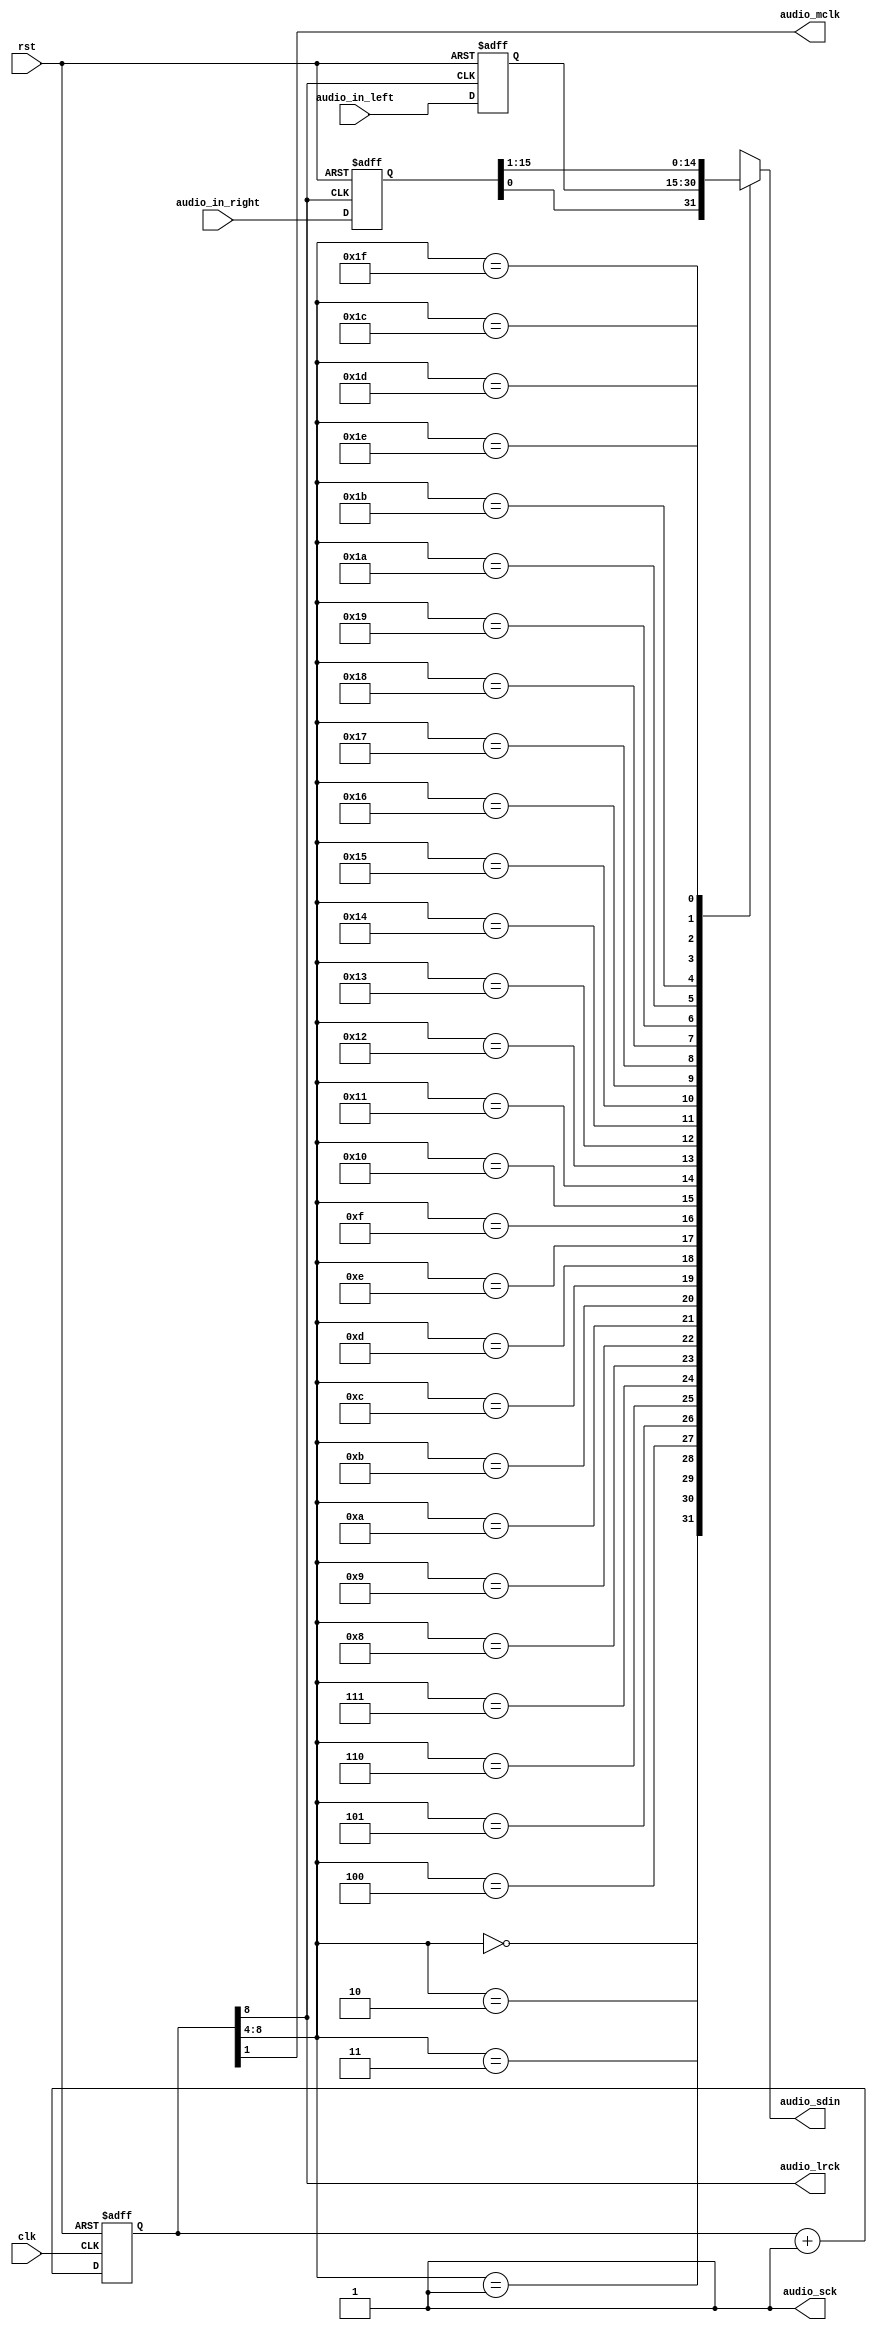
module speaker_control(
    input clk,  // clock from the crystal
    input rst,  // active high reset
    input [15:0] audio_in_left, // left channel audio data input
    input [15:0] audio_in_right, // right channel audio data input
    output audio_mclk, // master clock
    output audio_lrck, // left-right clock, Word Select clock, or sample rate clock
    output audio_sck, // serial clock
    output reg audio_sdin // serial audio data input
    ); 

    // Declare internal signal nodes 
    wire [8:0] clk_cnt_next;
    reg [8:0] clk_cnt;
    reg [15:0] audio_left, audio_right;

    // Counter for the clock divider
    assign clk_cnt_next = clk_cnt + 1'b1;

    always @(posedge clk or posedge rst)
        if (rst == 1'b1)
            clk_cnt <= 9'd0;
        else
            clk_cnt <= clk_cnt_next;

    // Assign divided clock output
    assign audio_mclk = clk_cnt[1];
    assign audio_lrck = clk_cnt[8];
    assign audio_sck = 1'b1; // use internal serial clock mode

    // audio input data buffer
    always @(posedge clk_cnt[8] or posedge rst)
        if (rst == 1'b1)
            begin
                audio_left <= 16'd0;
                audio_right <= 16'd0;
            end
        else
            begin
                audio_left <= audio_in_left;
                audio_right <= audio_in_right;
            end

    always @*
        case (clk_cnt[8:4])
            5'b00000: audio_sdin = audio_right[0];
            5'b00001: audio_sdin = audio_left[15];
            5'b00010: audio_sdin = audio_left[14];
            5'b00011: audio_sdin = audio_left[13];
            5'b00100: audio_sdin = audio_left[12];
            5'b00101: audio_sdin = audio_left[11];
            5'b00110: audio_sdin = audio_left[10];
            5'b00111: audio_sdin = audio_left[9];
            5'b01000: audio_sdin = audio_left[8];
            5'b01001: audio_sdin = audio_left[7];
            5'b01010: audio_sdin = audio_left[6];
            5'b01011: audio_sdin = audio_left[5];
            5'b01100: audio_sdin = audio_left[4];
            5'b01101: audio_sdin = audio_left[3];
            5'b01110: audio_sdin = audio_left[2];
            5'b01111: audio_sdin = audio_left[1];
            5'b10000: audio_sdin = audio_left[0];
            5'b10001: audio_sdin = audio_right[15];
            5'b10010: audio_sdin = audio_right[14];
            5'b10011: audio_sdin = audio_right[13];
            5'b10100: audio_sdin = audio_right[12];
            5'b10101: audio_sdin = audio_right[11];
            5'b10110: audio_sdin = audio_right[10];
            5'b10111: audio_sdin = audio_right[9];
            5'b11000: audio_sdin = audio_right[8];
            5'b11001: audio_sdin = audio_right[7];
            5'b11010: audio_sdin = audio_right[6];
            5'b11011: audio_sdin = audio_right[5];
            5'b11100: audio_sdin = audio_right[4];
            5'b11101: audio_sdin = audio_right[3];
            5'b11110: audio_sdin = audio_right[2];
            5'b11111: audio_sdin = audio_right[1];
            default: audio_sdin = 1'b0;
        endcase

endmodule